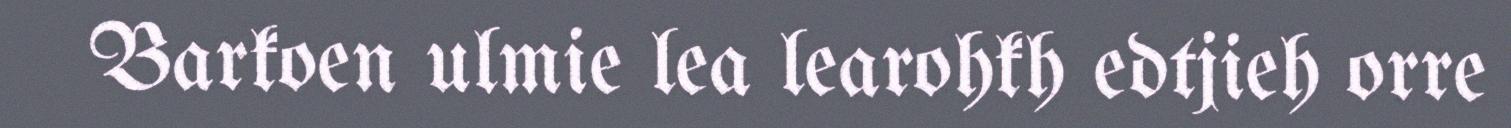
Barkoen ulmie lea learohkh edtjieh orre